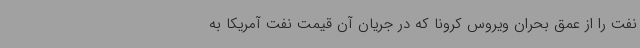
نفت را از عمق بحران ویروس کرونا که در جریان آن قیمت نفت آمریکا به